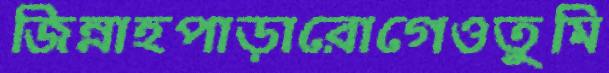
জিন্নাহপাড়ারোগেওতুমি